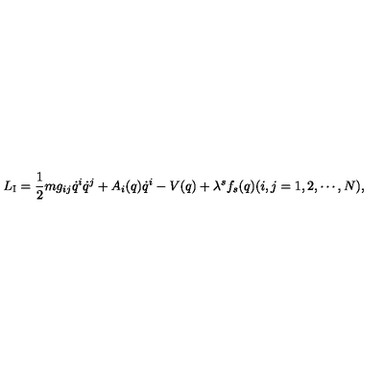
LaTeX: L _ { \mathrm { I } } = \frac { 1 } { 2 } m g _ { i j } \dot { q } ^ { i } \dot { q } ^ { j } + A _ { i } ( q ) \dot { q } ^ { i } - V ( q ) + \lambda ^ { s } f _ { s } ( q ) ( i , j = 1 , 2 , \cdots , N ) ,